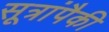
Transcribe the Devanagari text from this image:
सूत्रांपैकी